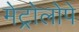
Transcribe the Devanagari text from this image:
मेट्रोलोपे